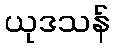
ယုဒသန်